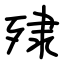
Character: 殔